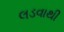
લડવાથી